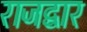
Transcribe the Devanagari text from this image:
राजद्वार